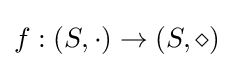
f:(S,\cdot )\to (S,\diamond )